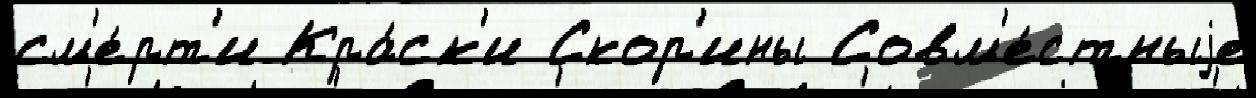
см'е́рт'и Кра́ск'и Скор'ины Совм'е́стныjе